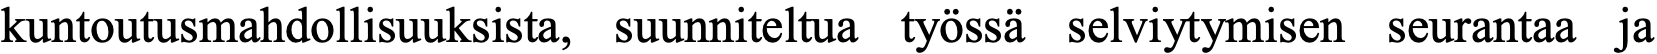
kuntoutusmahdollisuuksista, suunniteltua työssä selviytymisen seurantaa ja